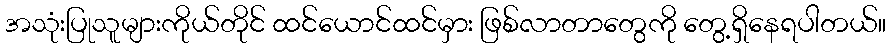
အသုံးပြုသူများကိုယ်တိုင် ထင်ယောင်ထင်မှား ဖြစ်လာတာတွေကို တွေ့ရှိနေရပါတယ်။